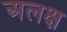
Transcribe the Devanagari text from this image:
अलक्ष